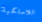
اللاسلكية